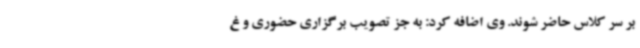
بر سر کلاس حاضر شوند. وی اضافه کرد: به جز تصویب برگزاری حضوری و غ